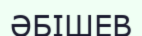
ӘБІШЕВ